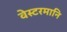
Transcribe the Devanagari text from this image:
वेस्टरमानि